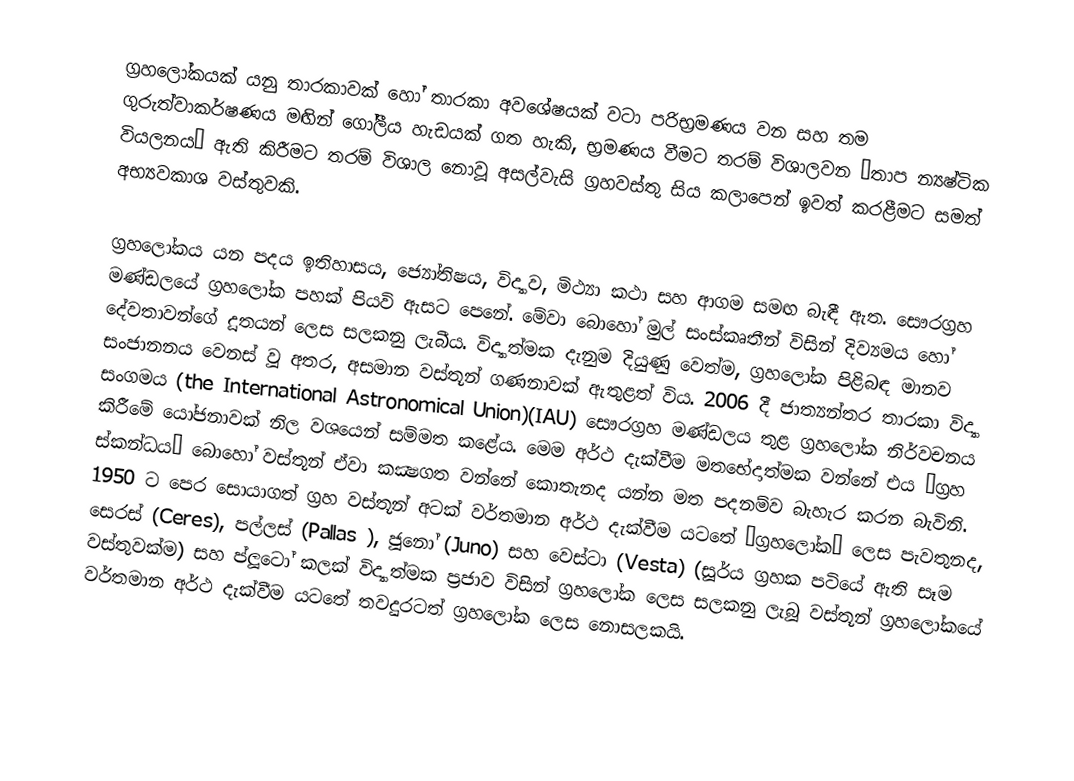
ග්‍රහලෝකයක් යනු තාරකාවක් හෝ තාරකා අවශේෂයක් වටා පරිභ්‍රමණය වන සහ තම ගුරුත්වාකර්ෂණය මඟින් ගෝලීය හැඩයක් ගත හැකි, භ්‍රමණය වීමට තරම් විශාලවන “තාප න්‍යෂ්ටික වියලනය” ඇති කිරීමට තරම් විශාල නොවූ අසල්වැසි ග්‍රහවස්තු සිය කලාපෙන් ඉවත් කරළීමට සමත් අභ්‍යවකාශ වස්තුවකි.

ග්‍රහලෝකය යන පදය ඉතිහාසය, ජ්‍යෝතිෂය, විද්‍යාව, මිථ්‍යා කථා සහ ආගම සමඟ බැඳී ඇත. සෞරග්‍රහ මණ්ඩලයේ ග්‍රහලෝක පහක් පියවි ඇසට පෙනේ. මේවා බොහෝ මුල් සංස්කෘතීන් විසින් දිව්‍යමය හෝ දේවතාවන්ගේ දූතයන් ලෙස සලකනු ලැබීය. විද්‍යාත්මක දැනුම දියුණු වෙත්ම, ග්‍රහලෝක පිළිබඳ මානව සංජානනය වෙනස් වූ අතර, අසමාන වස්තූන් ගණනාවක් ඇතුළත් විය. 2006 දී ජාත්‍යන්තර තාරකා විද්‍යා සංගමය (the International Astronomical Union)(IAU) සෞරග්‍රහ මණ්ඩලය තුළ ග්‍රහලෝක නිර්වචනය කිරීමේ යෝජනාවක් නිල වශයෙන් සම්මත කළේය. මෙම අර්ථ දැක්වීම මතභේදාත්මක වන්නේ එය “ග්‍රහ ස්කන්ධය” බොහෝ වස්තූන් ඒවා කක්‍ෂගත වන්නේ කොතැනද යන්න මත පදනම්ව බැහැර කරන බැවිනි. 1950 ට පෙර සොයාගත් ග්‍රහ වස්තූන් අටක් වර්තමාන අර්ථ දැක්වීම යටතේ “ග්‍රහලෝක” ලෙස පැවතුනද, සෙරස් (Ceres), පල්ලස් (Pallas ), ජූනෝ (Juno) සහ වෙස්ටා (Vesta) (සූර්ය ග්‍රහක පටියේ ඇති සෑම වස්තුවක්ම) සහ ප්ලූටෝ කලක් විද්‍යාත්මක ප්‍රජාව විසින් ග්‍රහලෝක ලෙස සලකනු ලැබූ වස්තූන් ග්‍රහලෝකයේ වර්තමාන අර්ථ දැක්වීම යටතේ තවදුරටත් ග්‍රහලෝක ලෙස නොසලකයි.